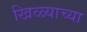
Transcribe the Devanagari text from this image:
खिळ्याच्या